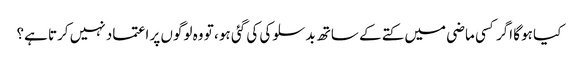
کیا ہوگا اگر کسی ماضی میں کتے کے ساتھ بدسلوکی کی گئی ہو ، تو وہ لوگوں پر اعتماد نہیں کرتا ہے؟